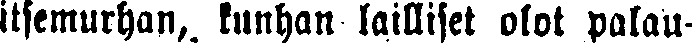
itsemurhan, kunhan lailliset olot palau-